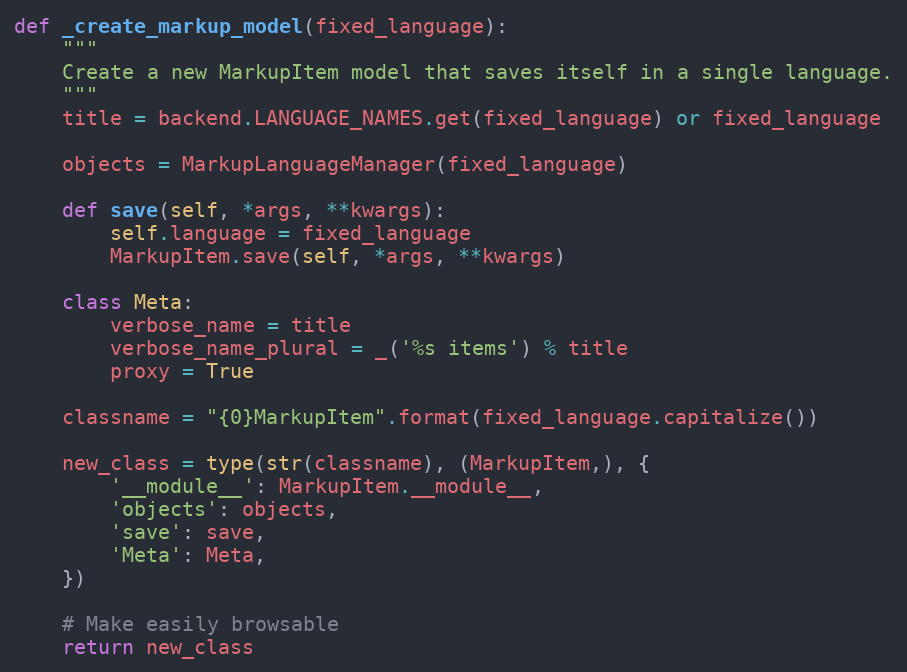
Language: Python
def _create_markup_model(fixed_language):
    """
    Create a new MarkupItem model that saves itself in a single language.
    """
    title = backend.LANGUAGE_NAMES.get(fixed_language) or fixed_language

    objects = MarkupLanguageManager(fixed_language)

    def save(self, *args, **kwargs):
        self.language = fixed_language
        MarkupItem.save(self, *args, **kwargs)

    class Meta:
        verbose_name = title
        verbose_name_plural = _('%s items') % title
        proxy = True

    classname = "{0}MarkupItem".format(fixed_language.capitalize())

    new_class = type(str(classname), (MarkupItem,), {
        '__module__': MarkupItem.__module__,
        'objects': objects,
        'save': save,
        'Meta': Meta,
    })

    # Make easily browsable
    return new_class